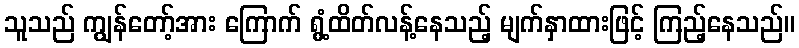
သူသည် ကျွန်တော့်အား ကြောက် ရွံ့ထိတ်လန့်နေသည့် မျက်နှာထားဖြင့် ကြည့်နေသည်။